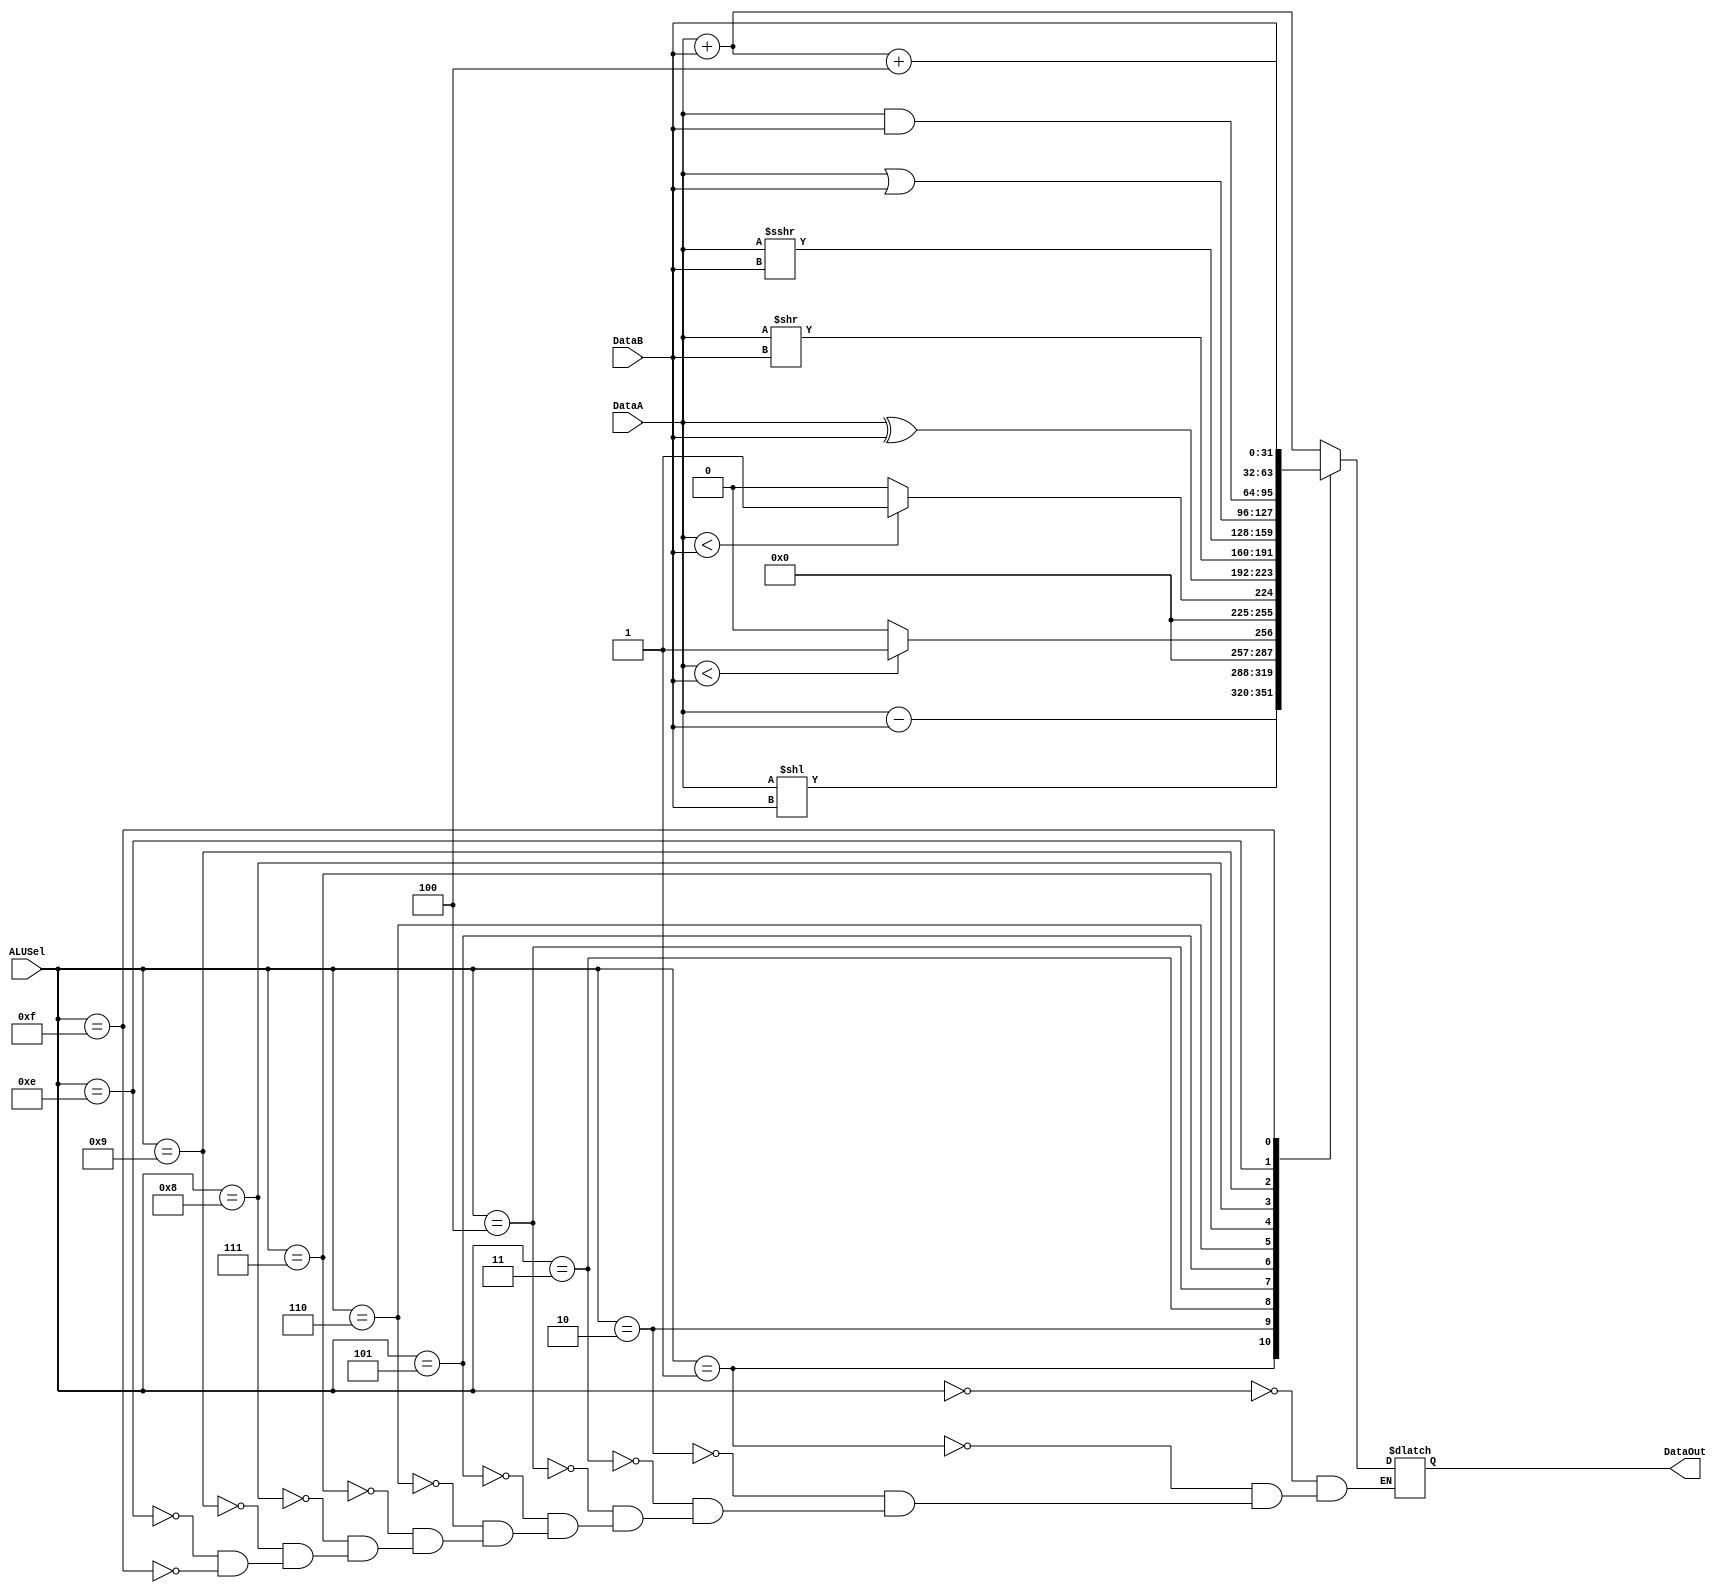
module ALU (
    DataA,
    DataB,
    ALUSel,
    DataOut
);
/****************** Decleration ******************/
    parameter WIDTH_DATA_LENGTH = 32;
    parameter WIDTH_ALUSEL_LENGTH = 4;
    input [WIDTH_DATA_LENGTH - 1:0] DataA;
    input [WIDTH_DATA_LENGTH - 1:0] DataB;
    input [WIDTH_ALUSEL_LENGTH - 1:0] ALUSel;
    output reg [WIDTH_DATA_LENGTH - 1:0] DataOut;

/****************** Always function ******************/  
    always @(*) begin
        case (ALUSel)
            4'b0000: DataOut = DataA + DataB;   //ADD
            4'b0001: DataOut = DataA - DataB;   //SUB
            4'b0010: DataOut = DataA << DataB;  //SLL
            4'b0011: DataOut = ($signed(DataA) < $signed(DataB)) ? 32'd1 : 32'd0; //SLT
            4'b0100: DataOut = (DataA < DataB) ? 32'd1: 32'd0;  //SLTU
            4'b0101: DataOut = DataA ^ DataB;   //XOR
            4'b0110: DataOut = DataA >> DataB;  //SRL
            4'b0111: DataOut = $signed(DataA) >>> DataB; //SRA
            4'b1000: DataOut = DataA | DataB;   //OR
            4'b1001: DataOut = DataA & DataB;   //AND
            4'b1110: DataOut = DataA + DataB + 32'd4;           //A + B + 4
            4'b1111: DataOut = DataB;           //SEL B
            default: ;
        endcase
    end
endmodule